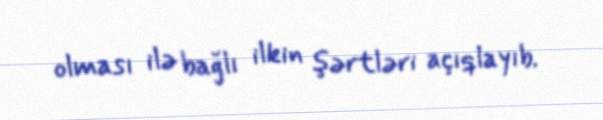
olması ilə bağlı ilkin şərtləri açıqlayıb.